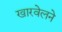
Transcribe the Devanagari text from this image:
खारवेलने